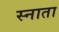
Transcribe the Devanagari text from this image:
स्नाता